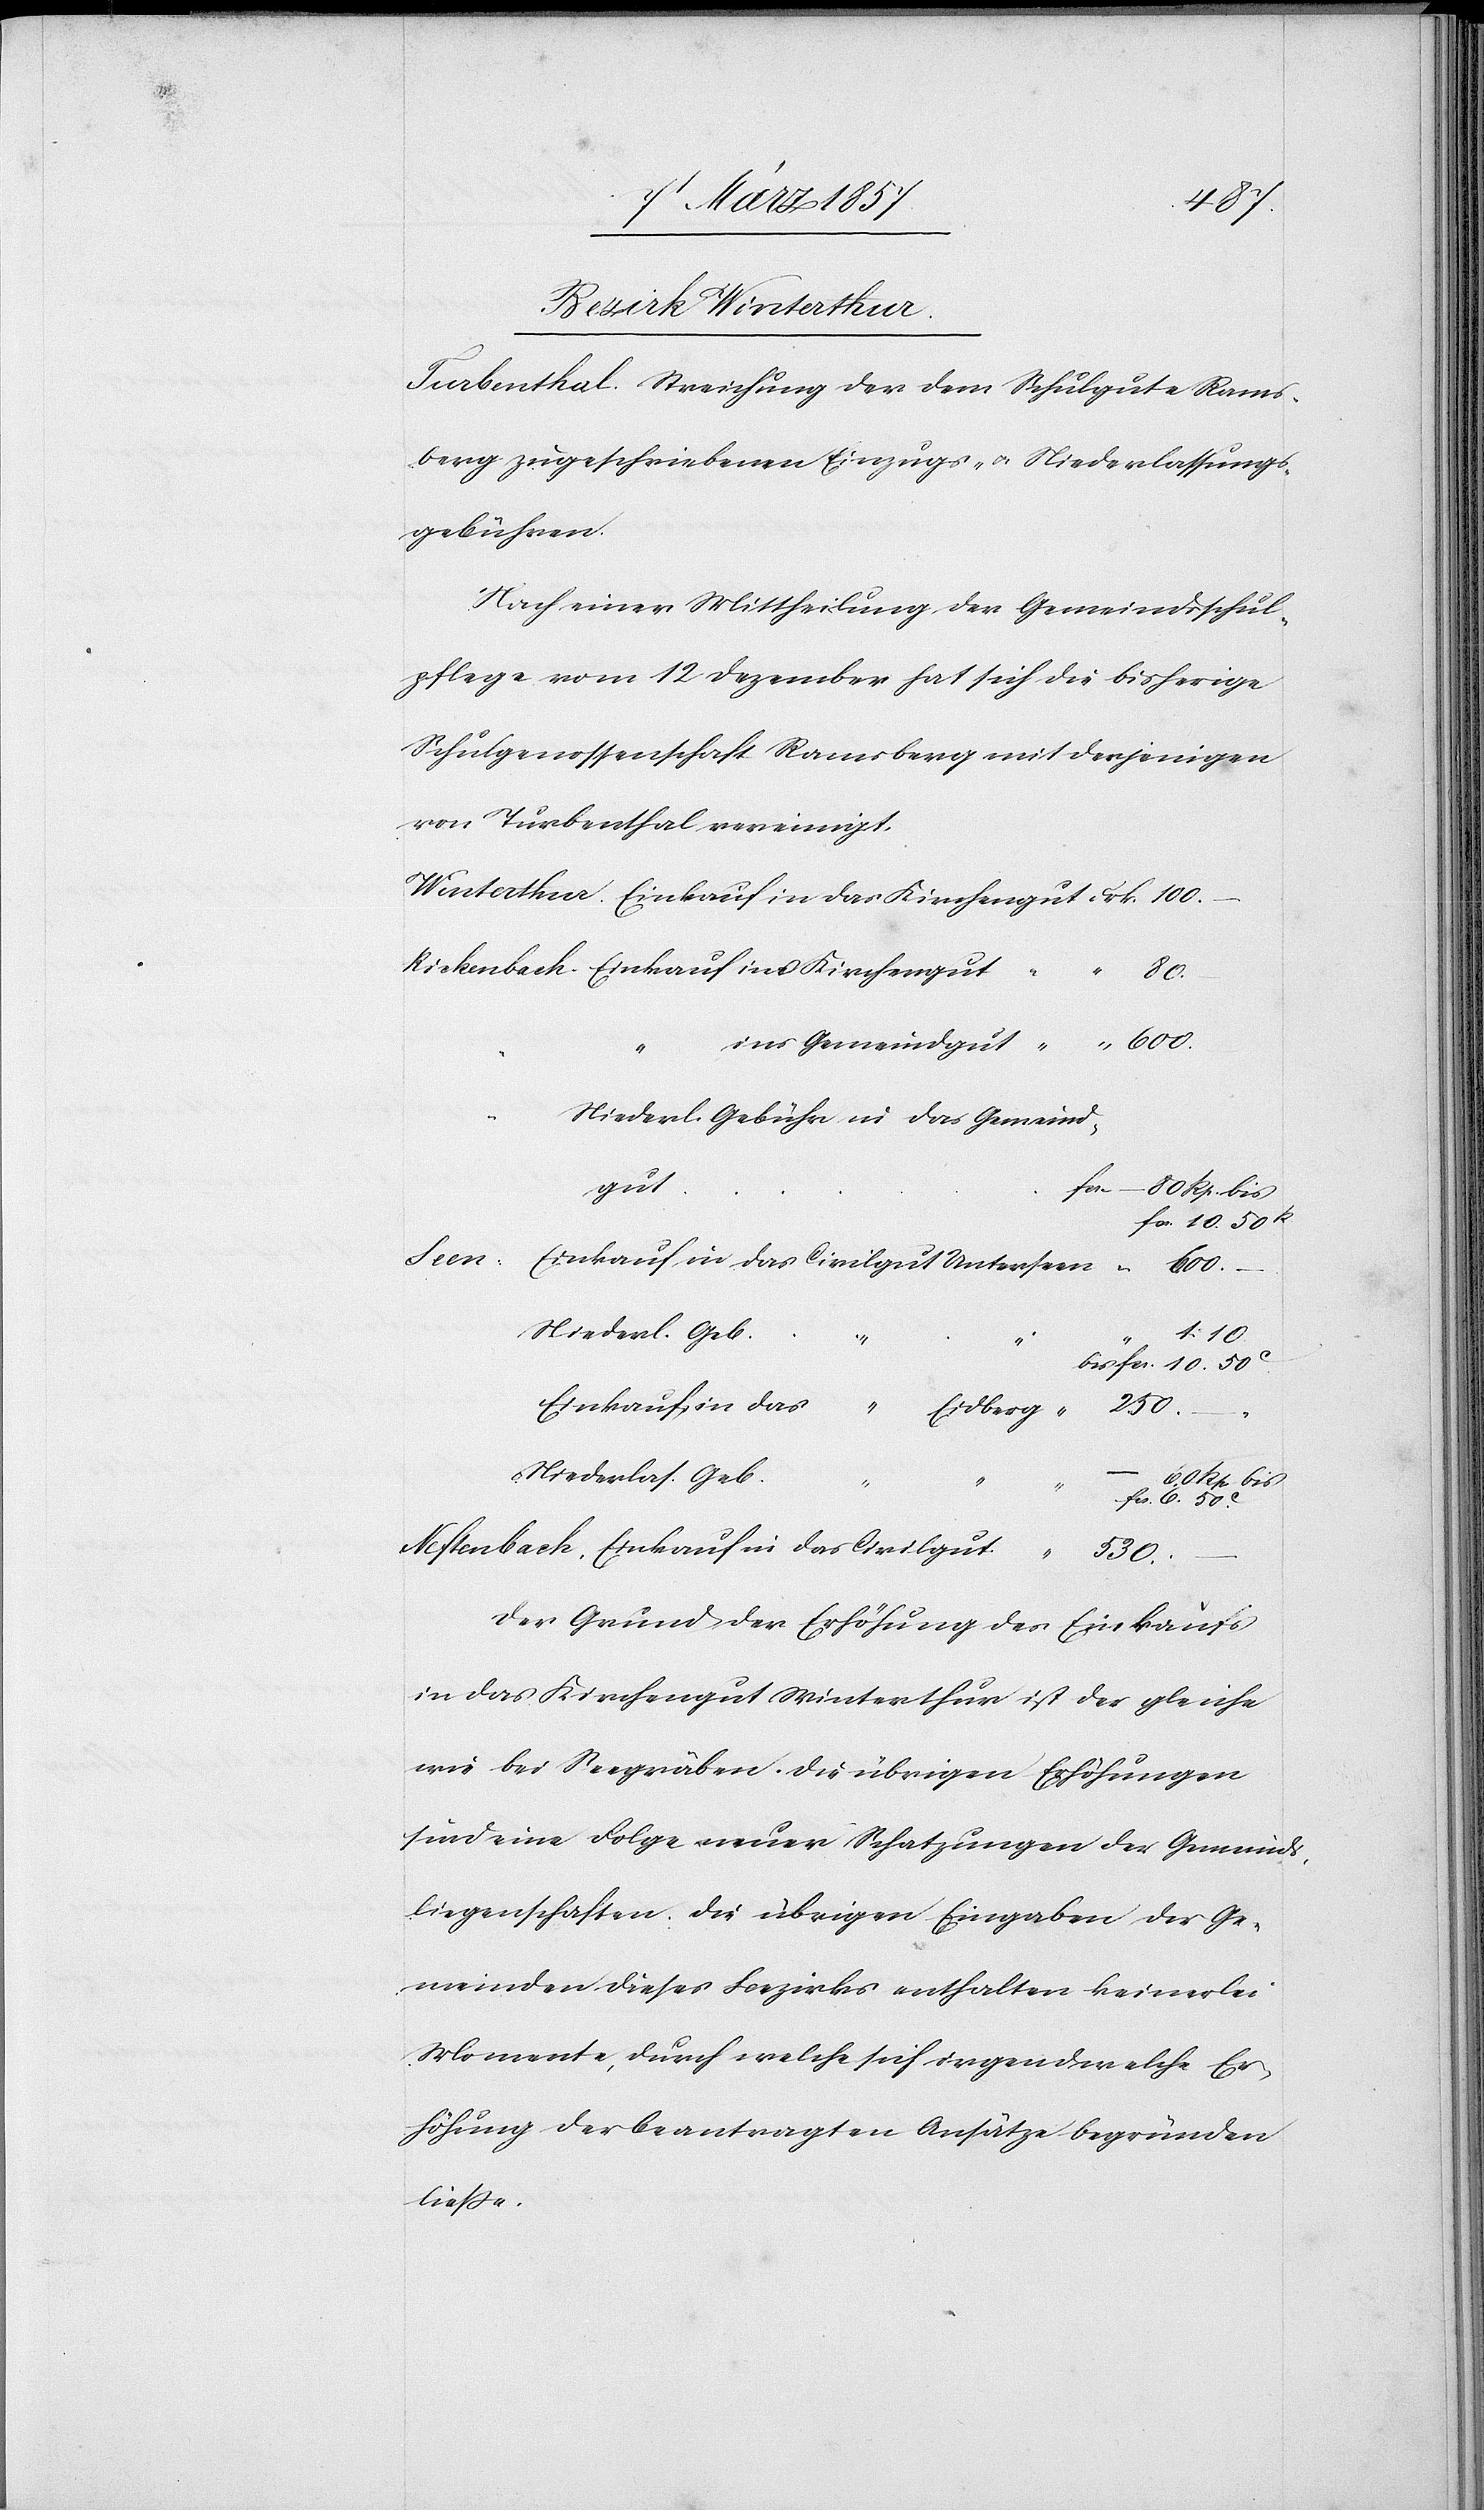
Bezirk Winterthur.
Turbenthal. Streichung der dem Schulgute Rams¬
berg zugeschriebenen Einzugs- u. Niederlassungs¬
gebühren.
Nach einer Mittheilung der Gemeindsschul¬
pflege vom 12 Dezember hat sich die bisherige
Schulgenossenschaft Ramsberg mit derjenigen
von Turbenthal vereinigt.
80.
ins Gemeindgut
Niederl. Gebühr in das Gemeind¬
fr.
gut
Einkauf in das Civilgut Unterseen
50.
Niederl. Geb.
fr. 10.
Einkauf in das “ Eidberg
“ 530
Niederlas. Geb.
das
“
Der Grund der Erhöhung des Einkaufs
in das Kirchengut Winterthur ist der gleiche
wie bei Seegräben. Die übrigen Erhöhungen
sind eine Folge neuer Schatzungen der Gemeinds¬
liegenschaften. Die übrigen Eingaben der Ge¬
meinden dieses Bezirks enthalten keinerlei
Momente, durch welche sich irgendwelche Er¬
höhung der beantragten Ansätze begründen
ließe.